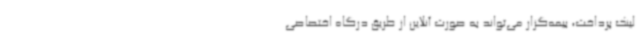
لینک پرداخت، بیمه‌گزار می‌تواند به صورت آنلاین از طریق درگاه اختصاصی